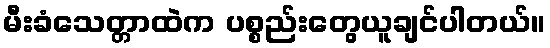
မီးခံသေတ္တာထဲက ပစ္စည်းတွေယူချင်ပါတယ်။